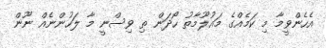
އެހެންވީމާ މި ކަމެއްގެ މައުލޫމާތު ހޯދަން ތި ވިސްނީ މާ ލަހުންނެއް ނޫން